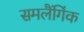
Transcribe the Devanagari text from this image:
समलैंगिंक